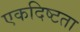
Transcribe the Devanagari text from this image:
एकदिष्टता